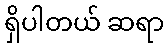
ရှိပါတယ် ဆရာ